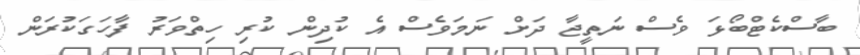
ބާސްކެޓްބޯޅަ ވެސް ނަތީޖާ ދަށް ނަމަވެސް އެ ކުދިން ކުރި ހިތްވަރު ފާހަގަކުރަން